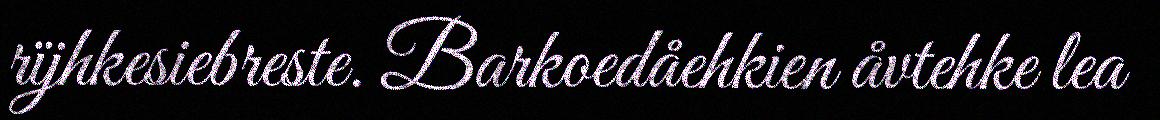
rïjhkesiebreste. Barkoedåehkien åvtehke lea